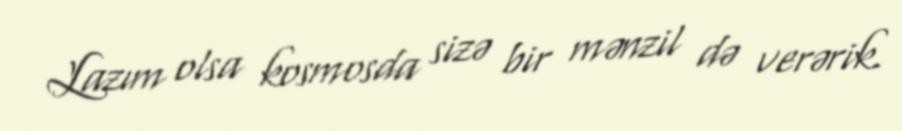
Lazım olsa kosmosda sizə bir mənzil də verərik.